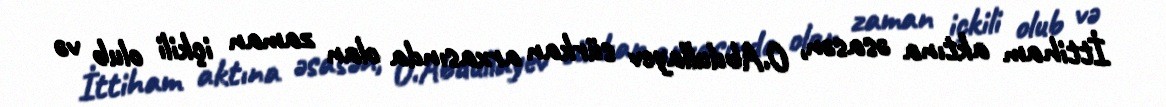
İttiham aktına əsasən, O.Abdullayev sürkan arxasında olan zaman içkili olub və